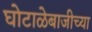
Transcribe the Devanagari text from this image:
घोटाळेबाजीच्या